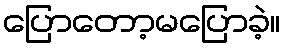
ပြောတော့မပြောခဲ့။